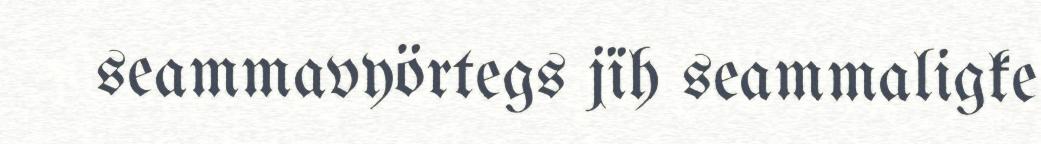
seammavyörtegs jïh seammaligke